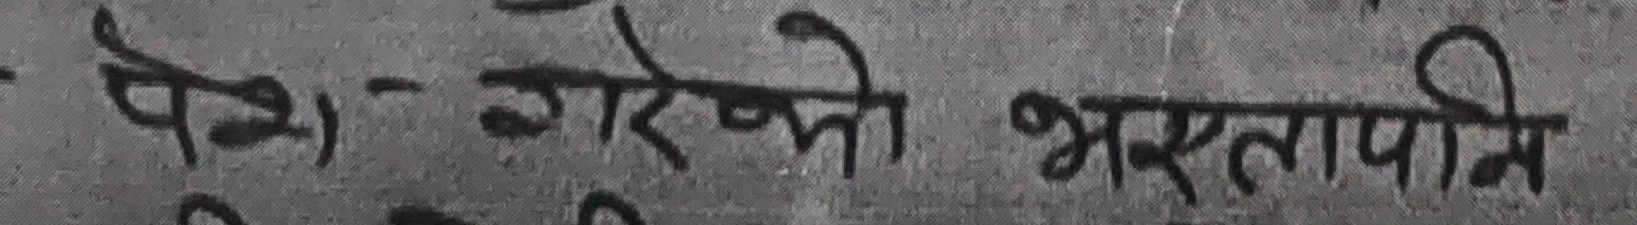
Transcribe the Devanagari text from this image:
पेश- गरेको भर्तापनि